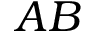
A B